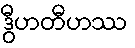
ဒွီဟတီဟဿ